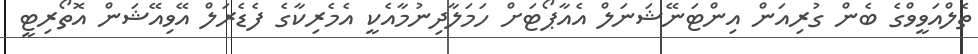
ތެލްއަވީވްގެ ބެން ގުރިއަން އިންޓަނޭޝަނަލް އެއާޕޯޓަށް ހަމަލާދިނުމާއެކީ އެމެރިކާގެ ފެޑެރަލް އޭވިއޭޝަން އޮތޯރިޓީ